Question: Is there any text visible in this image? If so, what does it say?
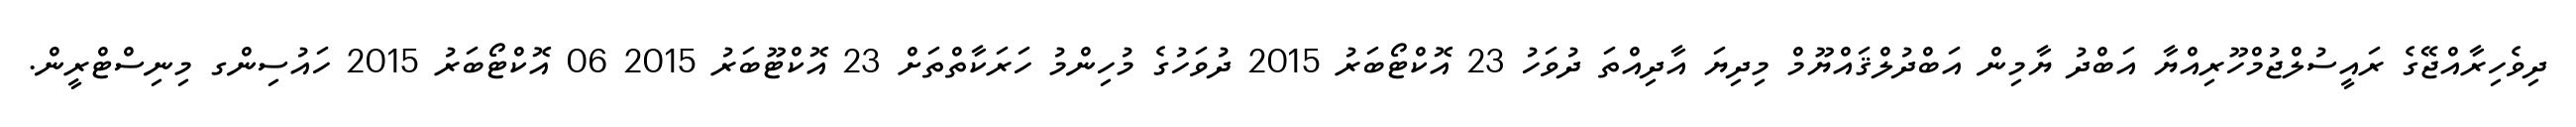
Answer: ދިވެހިރާއްޖޭގެ ރައީސުލްޖުމްހޫރިއްޔާ އަބްދު ޔާމިން އަބްދުލްޤައްޔޫމް މިދިޔަ އާދިއްތަ ދުވަހު 23 އޮކްޓޯބަރު 2015 ދުވަހުގެ މުހިންމު ހަރަކާތްތަށް 23 އޮކްޓޫބަރު 2015 06 އޮކްޓޯބަރު 2015 ހައުސިންގ މިނިސްޓްރީން.